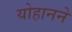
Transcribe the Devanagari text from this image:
योहानने